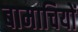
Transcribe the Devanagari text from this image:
बामाचियों